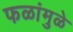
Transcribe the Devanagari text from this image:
फळांमुळे